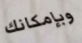
وبإمكانك